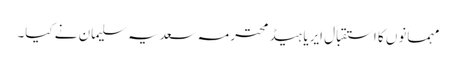
مہمانوں کا استقبال ایریا ہیڈ محترمہ سعدیہ سلیمان نے کیا۔